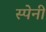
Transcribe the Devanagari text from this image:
स्‍पेनी